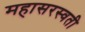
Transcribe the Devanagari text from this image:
महासरस्‍वती